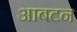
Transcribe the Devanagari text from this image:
आबटन